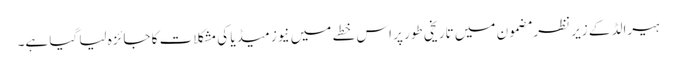
ہیرالڈ کے زیر نظر مضمون میں تاریخی طور پر اس خطے میں نیوز میڈیا کی مشکلات کا جائزہ لیا گیا ہے۔